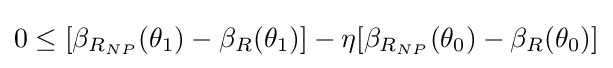
0\leq [\beta _{R_{NP}}(\theta _{1})-\beta _{R}(\theta _{1})]-\eta [\beta _{R_{NP}}(\theta _{0})-\beta _{R}(\theta _{0})]